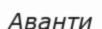
Аванти